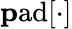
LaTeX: \mathrm{\mathbf pad}[\cdot]